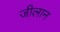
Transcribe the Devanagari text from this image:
जीलान